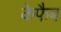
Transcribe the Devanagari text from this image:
केफैब